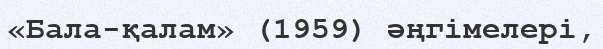
«Бала-қалам» (1959) әңгімелері,